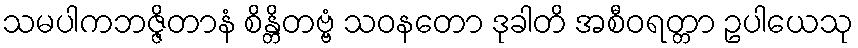
သမပါကဘဇ္ဇိတာနံ စိန္တိတဗ္ဗံ သဝနတော ဒုခါတိ အစီဝရတ္တာ ဥပါယေသု